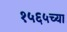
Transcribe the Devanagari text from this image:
१५६५च्या